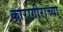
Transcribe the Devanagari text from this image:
कारागीराच्या